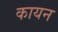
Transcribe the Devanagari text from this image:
कायन